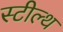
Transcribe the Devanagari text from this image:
स्‍टील्‍थ